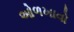
ઓળખાવો